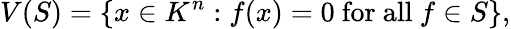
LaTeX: V(S)=\{ x\in K^{n}:f(x)=0{\mathrm{~for~all~}}f\in S\} ,